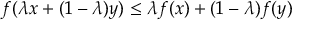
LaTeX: f ( \lambda x + ( 1 - \lambda ) y ) \leq \lambda f ( x ) + ( 1 - \lambda ) f ( y )